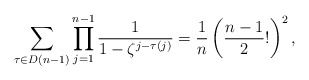
\begin{align*}\sum_{\tau \in D(n-1)} \prod_{j=1}^{n-1} \dfrac{1}{1-\zeta^{j-\tau(j)}}=\dfrac{1}{n}\left(\dfrac{n-1}{2}! \right)^{2}, \end{align*}